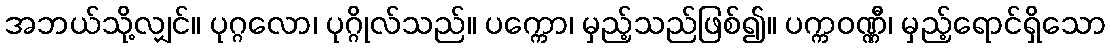
အဘယ်သို့လျှင်။ ပုဂ္ဂလော၊ ပုဂ္ဂိုလ်သည်။ ပက္ကော၊ မှည့်သည်ဖြစ်၍။ ပက္ကဝဏ္ဏီ၊ မှည့်ရောင်ရှိသော